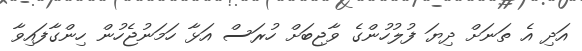
އަދި އެ ތަނަށް ދިޔަ ފުލުހުންގެ ވާޖިބަށް ހުރަސް އަޅާ ހަމަނުޖެހުން ހިންގާފައިވާ